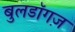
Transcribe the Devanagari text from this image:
बुलडॉगज़